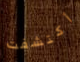
أكتشفت